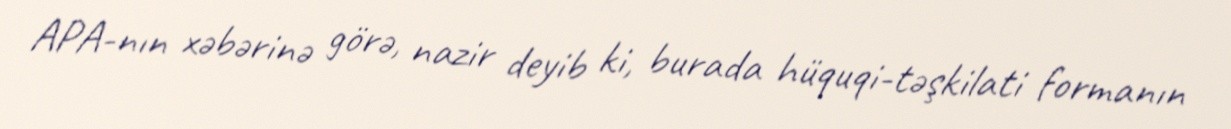
APA-nın xəbərinə görə, nazir deyib ki, burada hüquqi-təşkilati formanın